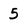
Character: 5